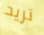
تريد